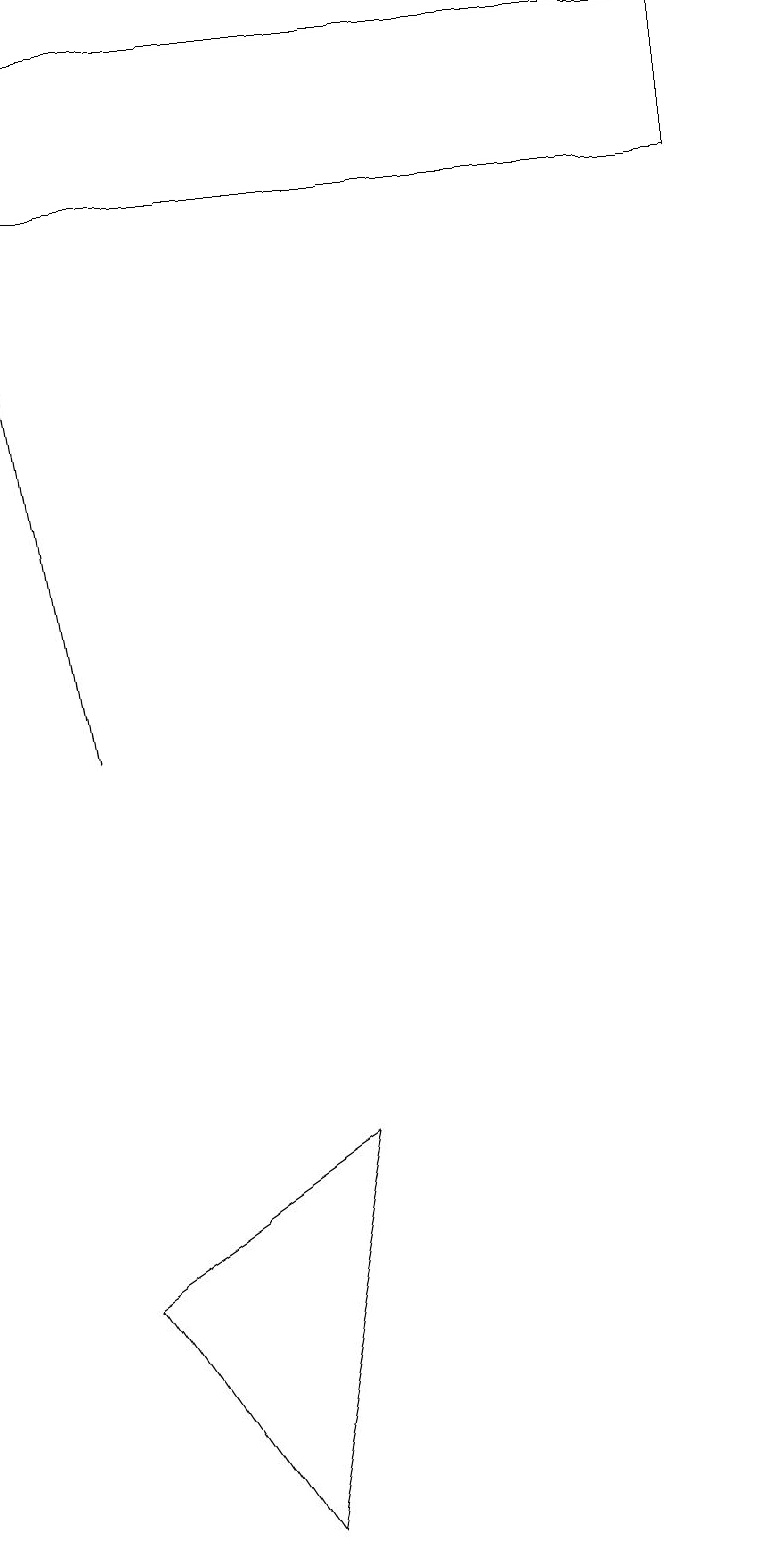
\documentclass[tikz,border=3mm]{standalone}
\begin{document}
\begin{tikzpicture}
\draw (1,3) -- (4,5) -- (3,0) -- cycle;
\draw (0,19) rectangle (9,17);
\draw[->] (1,10) -- (0,16);
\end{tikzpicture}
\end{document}